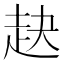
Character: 赽